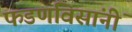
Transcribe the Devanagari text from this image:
फडणविसांनीं